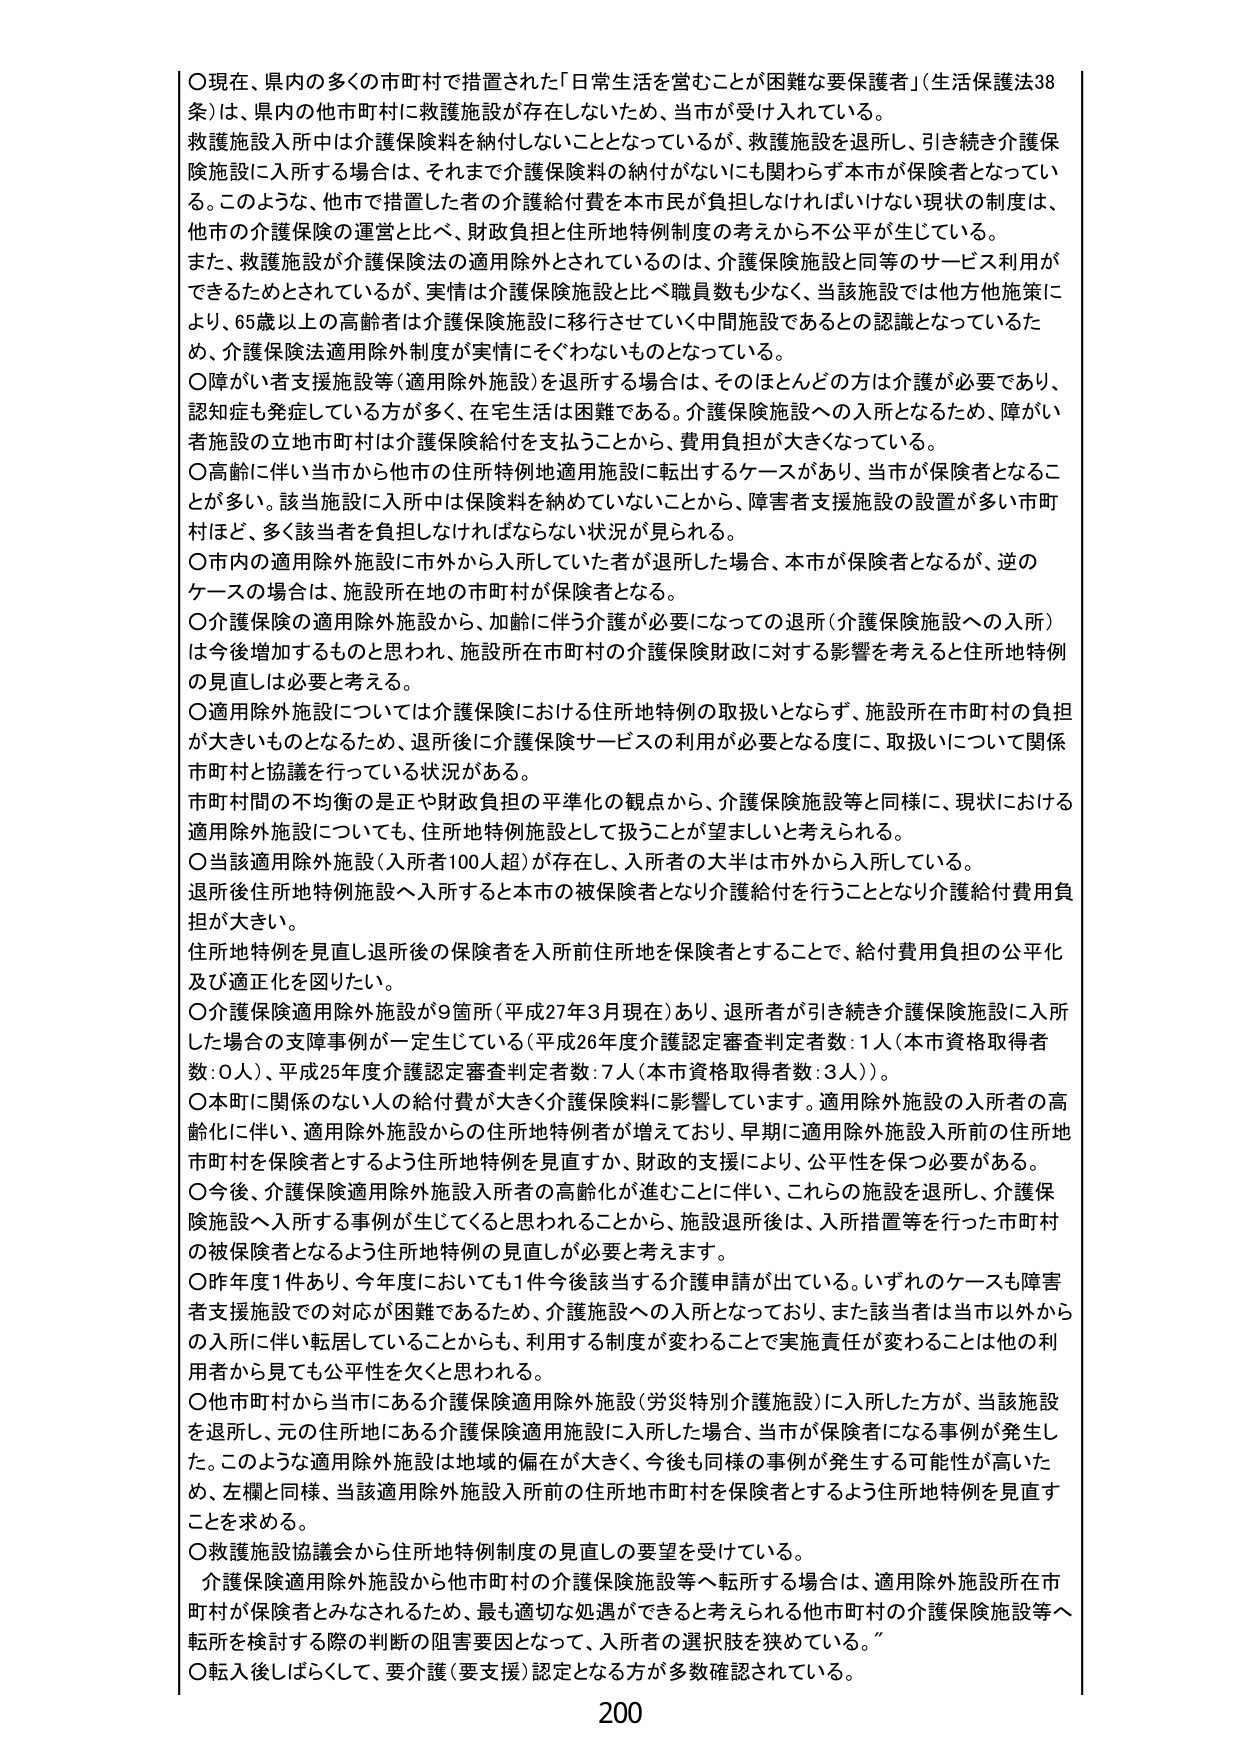
〇現在、県内の多くの市町村で措置された「日常生活を営むことが困難な要保護者」（生活保護法38条）は、県内の他市町村に救護施設が存在しないため、当市が受け入れている。
救護施設入所中は介護保険料を納付しないこととなっているが、救護施設を退所し、引き続き介護保険施設に入所する場合は、それまで介護保険料の納付がないにも関わらず本市が保険者となっている。このような、他市で措置した者の介護給付費を本市民が負担しなければいけない現状の制度は、他市の介護保険の運営と比べ、財政負担と住所地特例制度の考えから不公平が生じている。
また、救護施設が介護保険法の適用除外とされているのは、介護保険施設と同等のサービス利用ができるためとされているが、実情は介護保険施設と比べ職員数も少なく、当該施設では他方他施策により、65歳以上の高齢者は介護保険施設に移行させていく中間施設であるとの認識となっているため、介護保険法適用除外制度が実情にそぐわないものとなっている。
〇障がい者支援施設等（適用除外施設）を退所する場合は、そのほとんどの方は介護が必要であり、認知症も発症している方が多く、在宅生活は困難である。介護保険施設への入所となるため、障がい者施設の立地市町村は介護保険給付を支払うことから、費用負担が大きくなっている。
〇高齢に伴い当市から他市の住所地特例地適用施設に転出するケースがあり、当市が保険者となることが多い。該当施設に入所中は保険料を納めていないことから、障害者支援施設の設置が多い市町村ほど、多く該当者を負担しなければならない状況が見られる。
〇市内の適用除外施設に市外から入所していた者が退所した場合、本市が保険者となるが、逆のケースの場合は、施設所在地の市町村が保険者となる。
〇介護保険の適用除外施設から、加齢に伴う介護が必要になっての退所（介護保険施設への入所）は今後増加するものと思われ、施設所在地市町村の介護保険財政に対する影響を考えると住所地特例の見直しは必要と考える。
〇適用除外施設については介護保険における住所地特例の取扱いとならず、施設所在市町村の負担が大きいものとなるため、退所後に介護保険サービスの利用が必要となる度に、取扱いについて関係市町村と協議を行っている状況がある。
市町村間の不均衡の是正や財政負担の平準化の観点から、介護保険施設等と同様に、現状における適用除外施設についても、住所地特例施設として扱うことが望ましいと考えられる。
〇当該適用除外施設（入所者100人超）が存在し、入所者の大半は市外から入所している。
退所後住所地特例施設へ入所すると本市の被保険者となり介護給付を行うこととなり介護給付費用負担が大きい。
住所地特例を見直し退所後の保険者を入所前住所地を保険者とすることで、給付費用負担の公平化及び適正化を図りたい。
〇介護保険適用除外施設が9箇所（平成27年3月現在）あり、退所者が引き続き介護保険施設に入所した場合の支援事例が一定生じている（平成26年度介護認定審査判定者数：1人（本市資格取得者数：0人）、平成25年度介護認定審査判定者数：7人（本市資格取得者数：3人））。
〇本町に関係のない人の給付費が大きく介護保険料に影響しています。適用除外施設の入所者の高齢化に伴い、適用除外施設からの住所地特例者が増えており、早期に適用除外施設入所前の住所地市町村を保険者とするよう住所地特例を見直すか、財政的支援により、公平性を保つ必要がある。
〇今後、介護保険適用除外施設入所者の高齢化が進むことに伴い、これらの施設を退所し、介護保険施設へ入所する事例が生じてくると思われることから、施設退所後は、入所措置等を行った市町村の被保険者となるよう住所地特例の見直しが必要と考えます。
〇昨年度1件あり、今年度においても1件今後該当する介護申請が出ている。いずれのケースも障害者支援施設での対応が困難であるため、介護施設への入所となっており、また該当者は当市以外からの入所に伴い転居していることからも、利用する制度が変わることで実施責任が変わることは他の利用者から見ても公平性を欠くと思われる。
〇他市町村から当市にある介護保険適用除外施設（労災特別介護施設）に入所した方が、当該施設を退所し、元の住所地にある介護保険適用施設に入所した場合、当市が保険者になる事例が発生した。このような適用除外施設は地域の偏在が大きく、今後も同様の事例が発生する可能性が高いため、左欄と同様、当該適用除外施設入所前の住所地市町村を保険者とするよう住所地特例を見直すことを求める。
〇救護施設協議会から住所地特例制度の見直しの要望を受けている。
　介護保険適用除外施設から他市町村の介護保険施設等へ転所する場合は、適用除外施設所在市町村が保険者とみなされるため、最も適切な処遇ができると考えられる他市町村の介護保険施設等へ転所を検討する際の判断の阻害要因となって、入所者の選択肢を狭めている。
〇転入後しばらくして、要介護（要支援）認定となる方が多数確認されている。
200